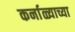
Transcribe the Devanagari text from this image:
कर्नाळ्याच्या